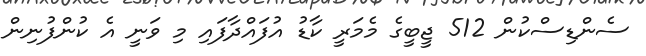
ސެންޑިސްކުން 512 ޖީބީގެ މެމަރީ ކާޑު އުފައްދާފައި މި ވަނީ އެ ކުންފުނިން